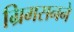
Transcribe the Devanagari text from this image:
ग्रिमसनने